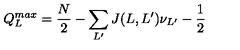
Q _ { L } ^ { m a x } = \frac { N } { 2 } - \sum _ { L ^ { \prime } } J ( L , L ^ { \prime } ) \nu _ { L ^ { \prime } } - \frac { 1 } { 2 }